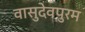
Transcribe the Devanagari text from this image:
वासुदेवपुरम